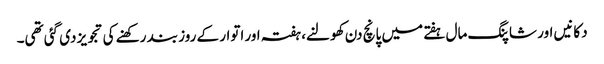
دکانیں اور شاپنگ مال ہفتے میں پانچ دن کھولنے، ہفتہ اور اتوار کے روز بند رکھنے کی تجویز دی گئی تھی۔